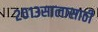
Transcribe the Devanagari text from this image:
२०१३सालासाठी